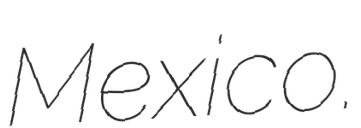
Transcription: Mexico.